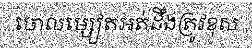
ចោលម្សៀតអត់ដឹងត្រូវខុស